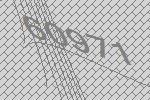
60971